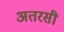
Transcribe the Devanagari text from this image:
अतरसी